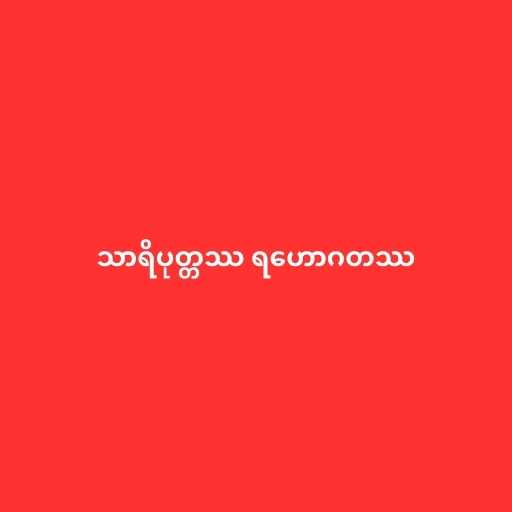
သာရိပုတ္တဿ ရဟောဂတဿ